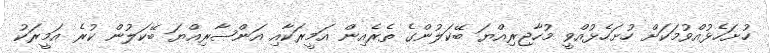
ހުށަހެޅުއްވުމަކަށް ހުށަހެޅުއްވީ މުހާޖިރިއްޔަ ބޭކަލުންގެ ތެރެއިން އަމީރަކާއި އަންޞާރިއްޔަ ބޭކަލުން ކުރެ އަމީރަކު